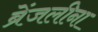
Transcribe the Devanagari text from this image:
ब्रेंजलीना